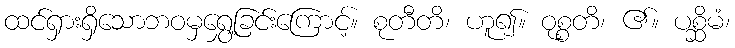
ထင်ရှားရှိသောဘဝမှရွှေ့ခြင်းကြောင့်။ စုတီတိ၊ ဟူ၍။ ဝုစ္စတိ၊ ၏။ ပစ္ဆိမံ၊